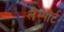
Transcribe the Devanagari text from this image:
लैम्पोर्ट